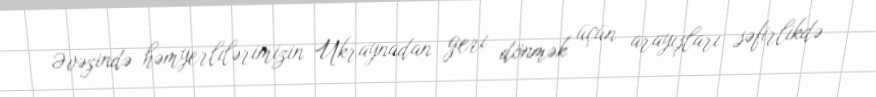
Əvəzində həmyerlilərimizin Ukraynadan geri dönmək üçün arayışları səfirlikdə